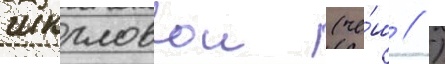
шкрловои (че́ш // )